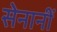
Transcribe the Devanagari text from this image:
सेनानीं